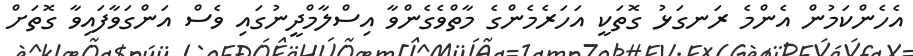
އެހެންކަމުން އެންމެ ރަނގަޅު ގޮތަކީ އަހަރެމެންގެ މާތްވެގެންވާ އިސްލާމްދީނުގައި ވެސް އަންގަވާފައިވާ ގޮތަށް